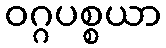
ဝဂ္ဂပစ္စယာ